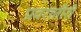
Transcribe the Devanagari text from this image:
प्रवरातीरी